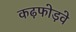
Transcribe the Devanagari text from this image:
कढ़फोड़वे